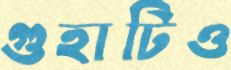
গুহাটিও